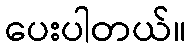
ပေးပါတယ်။